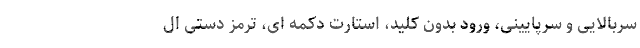
سربالایی و سرپایینی، ورود بدون کلید، استارت دکمه ای، ترمز دستی ال